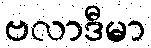
ဗလာဒီမာ